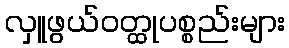
လှူဖွယ်ဝတ္ထုပစ္စည်းများ